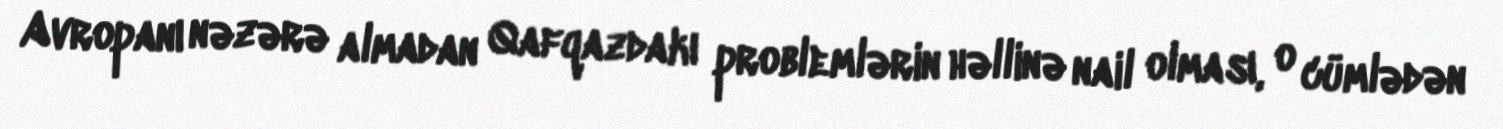
Avropanı nəzərə almadan Qafqazdakı problemlərin həllinə nail olması, o cümlədən